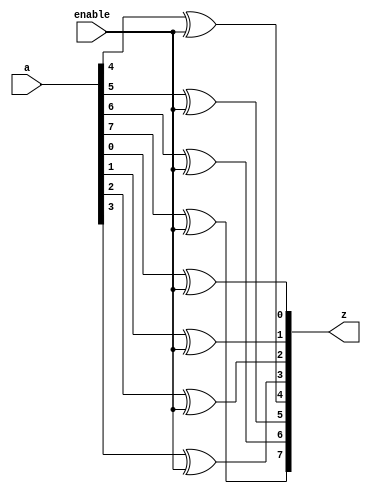
module BitWiseInverter_8B (a, enable, z);
    input[7:0] a;
    input enable;
    output[7:0] z;

    xor x1(z[0], a[0], enable);
    xor x2(z[1], a[1], enable);
    xor x3(z[2], a[2], enable);
    xor x4(z[3], a[3], enable);
    xor x5(z[4], a[4], enable);
    xor x6(z[5], a[5], enable);
    xor x7(z[6], a[6], enable);
    xor x8(z[7], a[7], enable);
    
    
endmodule